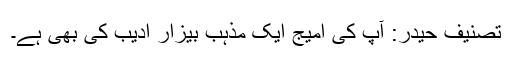
تصنیف حیدر: آپ کی امیج ایک مذہب بیزار ادیب کی بھی ہے۔